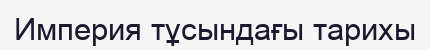
Империя тұсындағы тарихы